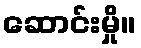
ဆောင်းမှို။